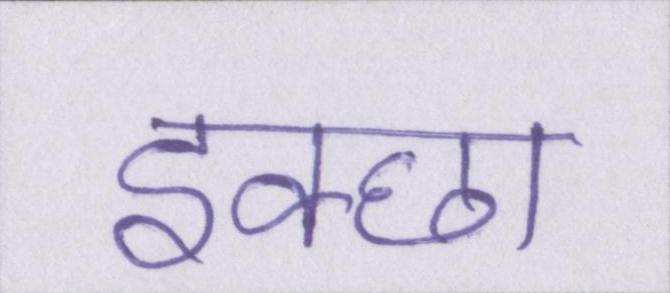
इक्छा